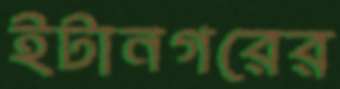
ইটানগরের